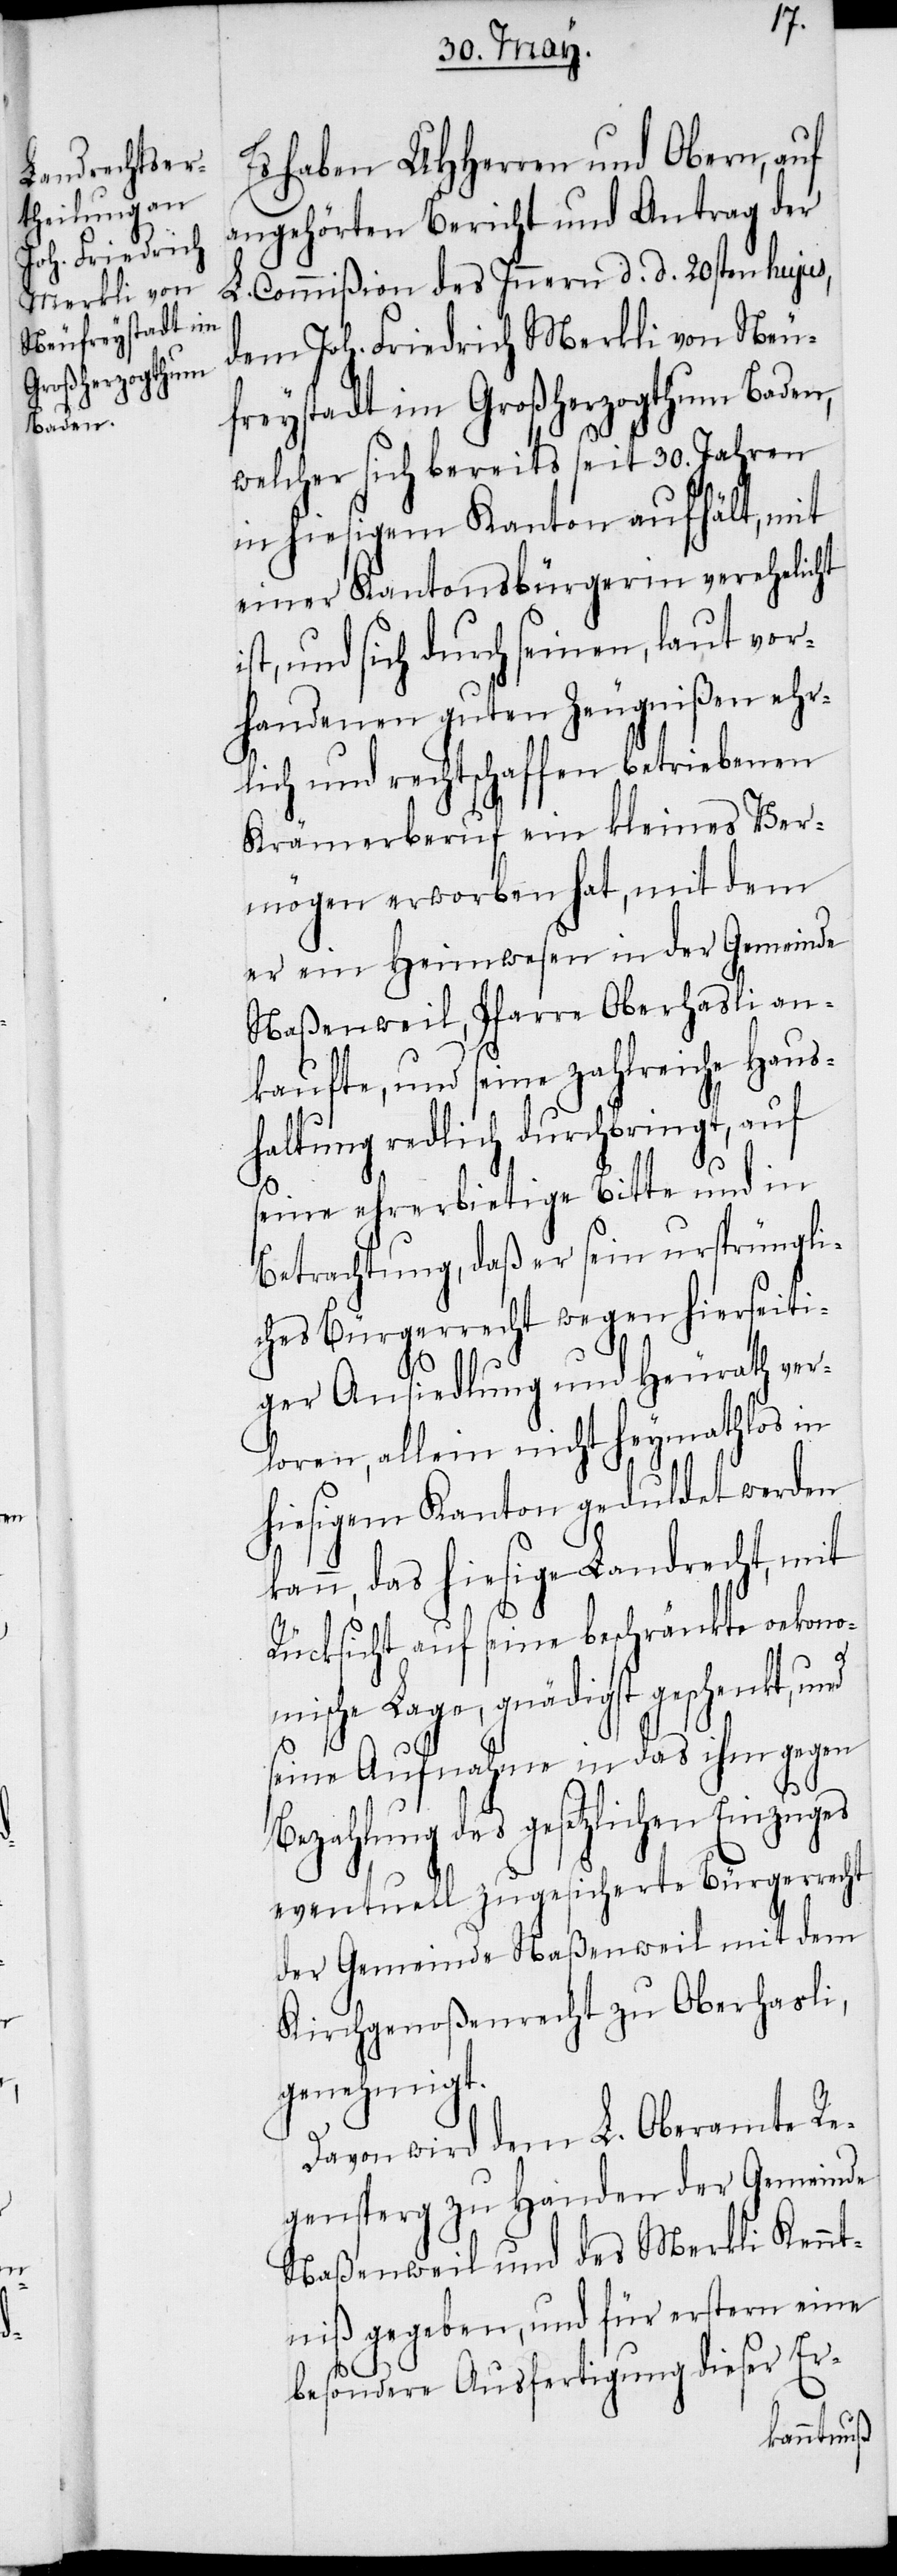
i¬

Es haben UHHerren und Obern, auf
angehörten Bericht und Antrag der
dem Joh. Friedrich Merkli von Neu¬
freystadt im Großherzogthum Baden,
welcher sich bereits seit 20. Jahren
in hiesigem Kanton aufhält, mit
einer Kantonsbürgerin verehelicht
st, und sich durch seinen, laut vor¬
handenen guten Zeugnißen ehr¬
lich und rechtschaffen betriebenen
Krämerberuf ein kleines Ver¬
mögen erworben hat, mit dem
er ein Heimwesen in der Gemeinde
Naßenweil, Pfarre Oberhasli an¬
kaufte, und seine zahlreiche Haus¬
haltung redlich durchbringt, auf
seine ehrerbietige Bitte und in
Betrachtung, daß er sein ursprüngli¬
ches Bürgerrecht wegen hierseiti¬
ger Ansiedlung und Heurath ver¬
loren, allein nicht heymathlos in
hiesigem Kanton geduldet werden
kann, das hiesige Landrecht, mit
Rücksicht auf seine beschränkte oekono¬
mische Lage, gnädigst geschenkt,
seine Aufnahme in das ihm gegen
Bezahlung des gesetzlichen Einzuges
eventuell zugesicherte Bürgerrecht
der Gemeinde Naßenweil mit dem
Kirchgenoßenrecht zu Oberhasli,
genehmigt.
Davon wird dem L. Oberamte Re¬
gensperg zu Handen der Gemeinde
Naßenweil und des Merkli Kennt¬
niß gegeben, und für erstern eine
besondere Ausfertigung dieser Er-